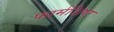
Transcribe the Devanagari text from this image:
फार्मशिष्ट